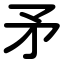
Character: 矛